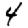
Digit: 4